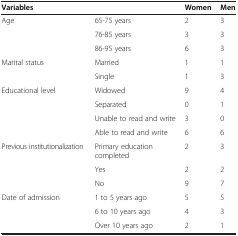
| <COLSPAN=2> Variables | Women | Men |
 | --- | --- | --- | --- |
 | <ROWSPAN=3> Age | 65-75 years | 2 | 3 |
 | 76-85 years | 3 | 3 |
 | 86-95 years | 6 | 3 |
 | <ROWSPAN=2> Marital status | Married | 1 | 1 |
 | Single | 1 | 3 |
 | <ROWSPAN=4> Educational level | Widowed | 9 | 4 |
 | Separated | 0 | 1 |
 | Unable to read and write | 3 | 0 |
 | Able to read and write | 6 | 6 |
 | <ROWSPAN=3> Previous institutionalization | Primary education completed | 2 | 3 |
 | Yes | 2 | 2 |
 | No | 9 | 7 |
 | <ROWSPAN=2> Date of admission | 1 to 5 years ago | 5 | 5 |
 | 6 to 10 years ago | 4 | 3 |
 |  | Over 10 years ago | 2 | 1 |